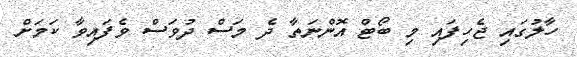
ހާލުގައި ޖެހިފައި މި ބޯޓް އޮންނަތާ ދެ މަސް ދުވަސް ވެފައިވާ ކަމަށް